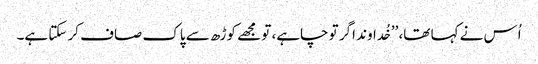
اُس نے کہا تھا، ’’خُداوند اگر تو چاہے، تو مجھے کوڑھ سے پاک صاف کر سکتا ہے۔